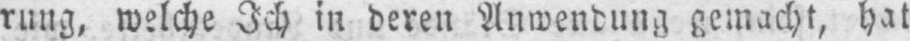
rung, welche Ich in deren Anwendung gemacht, hat